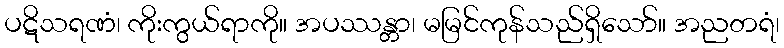
ပဋိသရဏံ၊ ကိုးကွယ်ရာကို။ အပဿန္တာ၊ မမြင်ကုန်သည်ရှိသော်။ အညတရံ၊